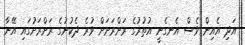
އަދި އެއިން ވެސް އެނގެނީ އުތުރުގެ ރަށްރަށަށް ވުރެ ދެކުނުގެ ރަށްރަށުގައި އޭނާ